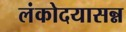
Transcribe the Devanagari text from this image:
लंकोदयासन्न